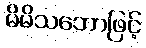
မိမိသဘောဖြင့်